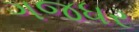
ગજધર